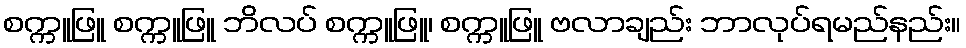
စက္ကူဖြူ စက္ကူဖြူ ဘိလပ် စက္ကူဖြူ၊ စက္ကူဖြူ ဗလာချည်း ဘာလုပ်ရမည်နည်း။